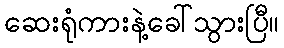
ဆေးရုံကားနဲ့ခေါ်သွားပြီ။